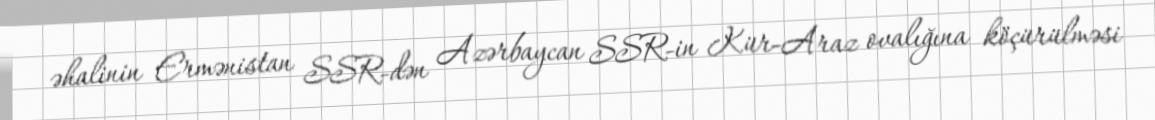
əhalinin Ermənistan SSR-dən Azərbaycan SSR-in Kür-Araz ovalığına köçürülməsi